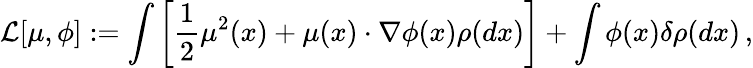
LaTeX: {\mathcal L}[\mu,\phi]:=\int\left[\frac{1}{2}\mu^{2}(x)+\mu(x)\cdot\nabla\phi(x)\rho(dx)\right]+\int\phi(x)\delta\rho(dx)\, ,